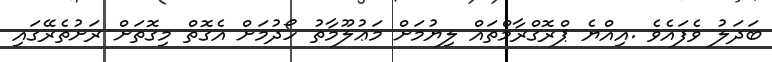
ބަދަލު ވެފައެވެ .އިއްޔެ ޕްރޮގްރާމްތައް ލިޔުމަށް މަޢުލޫމާތު ހޯދުމަށް އެގޮތް މިގޮތަށް ރަށުތެރޭގައި